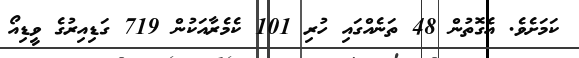
ކަމަށެވެ. އެގޮތުން 48 ތަނެއްގައި ހުރި 101 ކެމެރާއަކުން 719 ގަޑިއިރުގެ ވީޑިއޯ